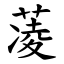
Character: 蓤